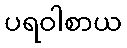
ပရဝါစာယ